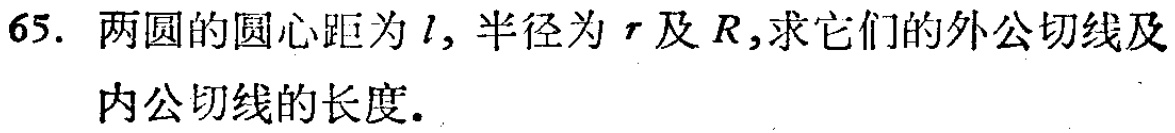
65. 两圆的圆心距为\(l\)，半径为\(r\)及\(R\)，求它们的外公切线及内公切线的长度.